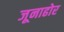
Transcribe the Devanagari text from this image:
जूनाढोर